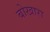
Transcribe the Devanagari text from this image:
बोखारा